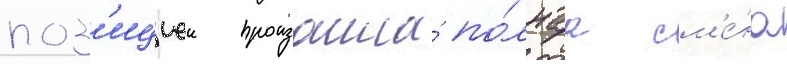
поз'ициеи произошла́ по́лнаа см'е́на